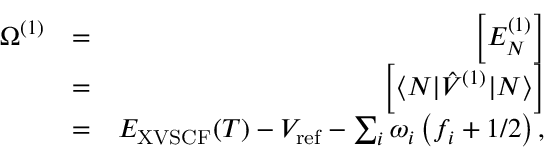
\begin{array} { r l r } { \Omega ^ { ( 1 ) } } & { = } & { \Big [ E _ { N } ^ { ( 1 ) } \Big ] } \\ & { = } & { \Big [ \langle N | \hat { V } ^ { ( 1 ) } | N \rangle \Big ] } \\ & { = } & { E _ { \mathrm { X V S C F } } ( T ) - V _ { \mathrm { r e f } } - \sum _ { i } { \omega } _ { i } \left( f _ { i } + { 1 } / { 2 } \right) , } \end{array}